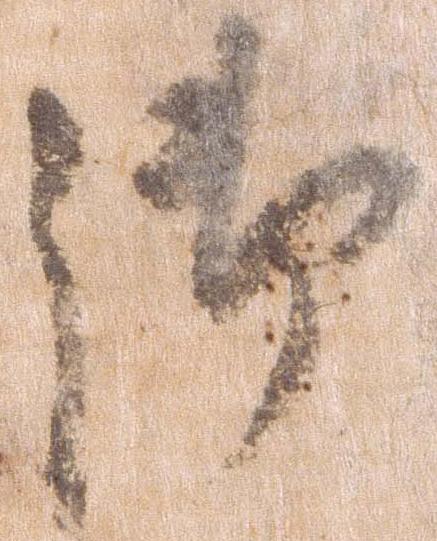
御